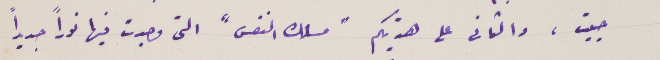
حييت، والثاني على هدِيتكم "مسلك النفس" التى وجدت فيها نوراً جديداً